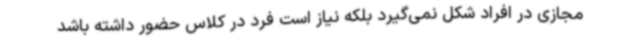
مجازی در افراد شکل نمی‌گیرد بلکه نیاز است فرد در کلاس حضور داشته باشد